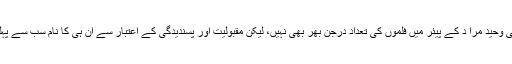
ہر چند کہ ان کی وحید مرا د کے پیئر میں فلموں کی تعداد درجن بھر بھی نہیں، لیکن مقبولیت اور پسندیدگی کے اعتبار سے ان ہی کا نام سب سے پہلے لیا جاتا ہے۔